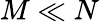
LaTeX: M\ll N